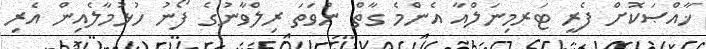
ޚާއްޞަކޮށް ފެރީ ޓަރމިނަލްއާ އެންމެ ގާތް ނުވަތަ ރިލްވާނުގެ ފޯނު ހުޅުމާލެއިން އެރި